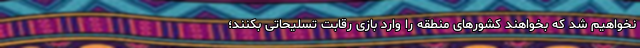
نخواهیم شد که بخواهند کشورهای منطقه را وارد بازی رقابت تسلیحاتی بکنند؛